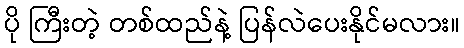
ပို ကြီးတဲ့ တစ်ထည်နဲ့ ပြန်လဲပေးနိုင်မလား။